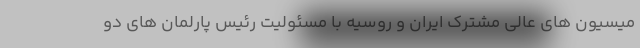
میسیون های عالی مشترک ایران و روسیه با مسئولیت رئیس پارلمان های دو